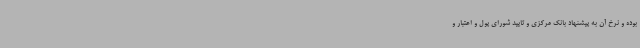
بوده و نرخ آن به پیشنهاد بانک مرکزی و تایید شورای پول و اعتبار و